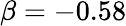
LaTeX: \beta=-0.58